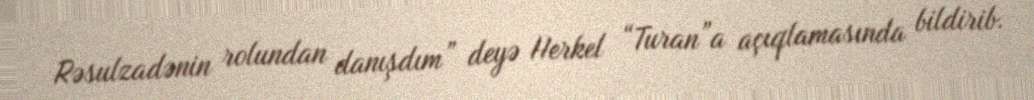
Rəsulzadənin rolundan danışdım” deyə Herkel “Turan”a açıqlamasında bildirib.